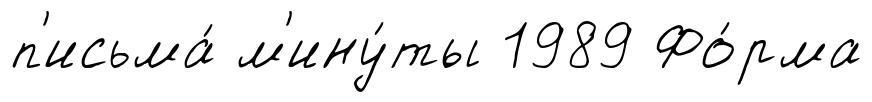
п'исьма́ м'ину́ты 1989 Фо́рма